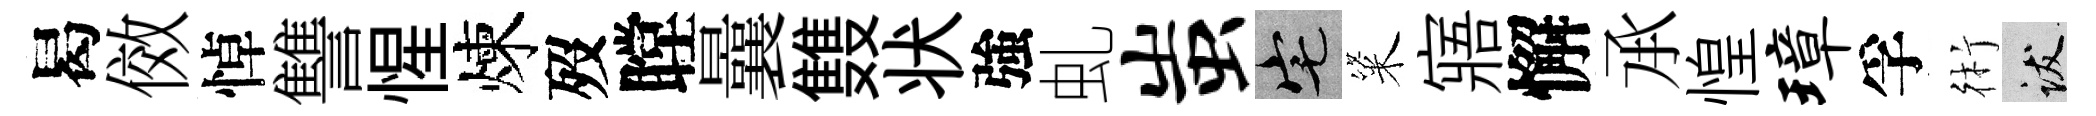
曷傚悼讐惺煉歿瞠曩䨇状強虬蚩宅粢寤懈𠄘惶璋孚術跋